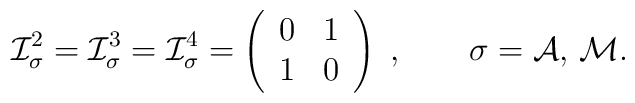
{\cal I}_\sigma^2 = {\cal I}_\sigma^3  = {\cal I}_\sigma^4= \left(  \begin{array}{cc}                                0 & 1 \\                                1 & 0                           \end{array} \right) \; ,\qquad \sigma={\cal A,\, M}.